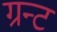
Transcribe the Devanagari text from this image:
ग्रन्ट